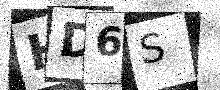
Text: HD6S